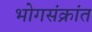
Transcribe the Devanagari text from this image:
भोगसंक्रांत